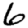
Digit: 6